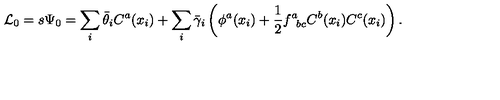
{ \cal L } _ { 0 } = s \Psi _ { 0 } = \sum _ { i } \bar { \theta } _ { i } C ^ { a } ( x _ { i } ) + \sum _ { i } \bar { \gamma } _ { i } \left( \phi ^ { a } ( x _ { i } ) + { \frac { 1 } { 2 } } f _ { \phantom { a } b c } ^ { a } C ^ { b } ( x _ { i } ) C ^ { c } ( x _ { i } ) \right) .